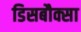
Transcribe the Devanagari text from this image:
डिसबौक्सा